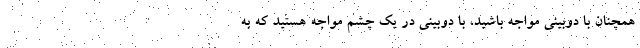
همچنان با دوبینی مواجه باشید، با دوبینی در یک چشم مواجه هستید که به